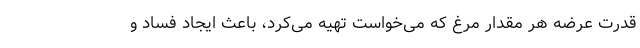
قدرت عرضه هر مقدار مرغ که می‌خواست تهیه می‌کرد، باعث ایجاد فساد و